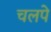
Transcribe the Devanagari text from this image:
चलपे